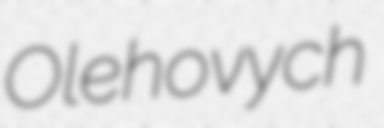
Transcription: Olehovych